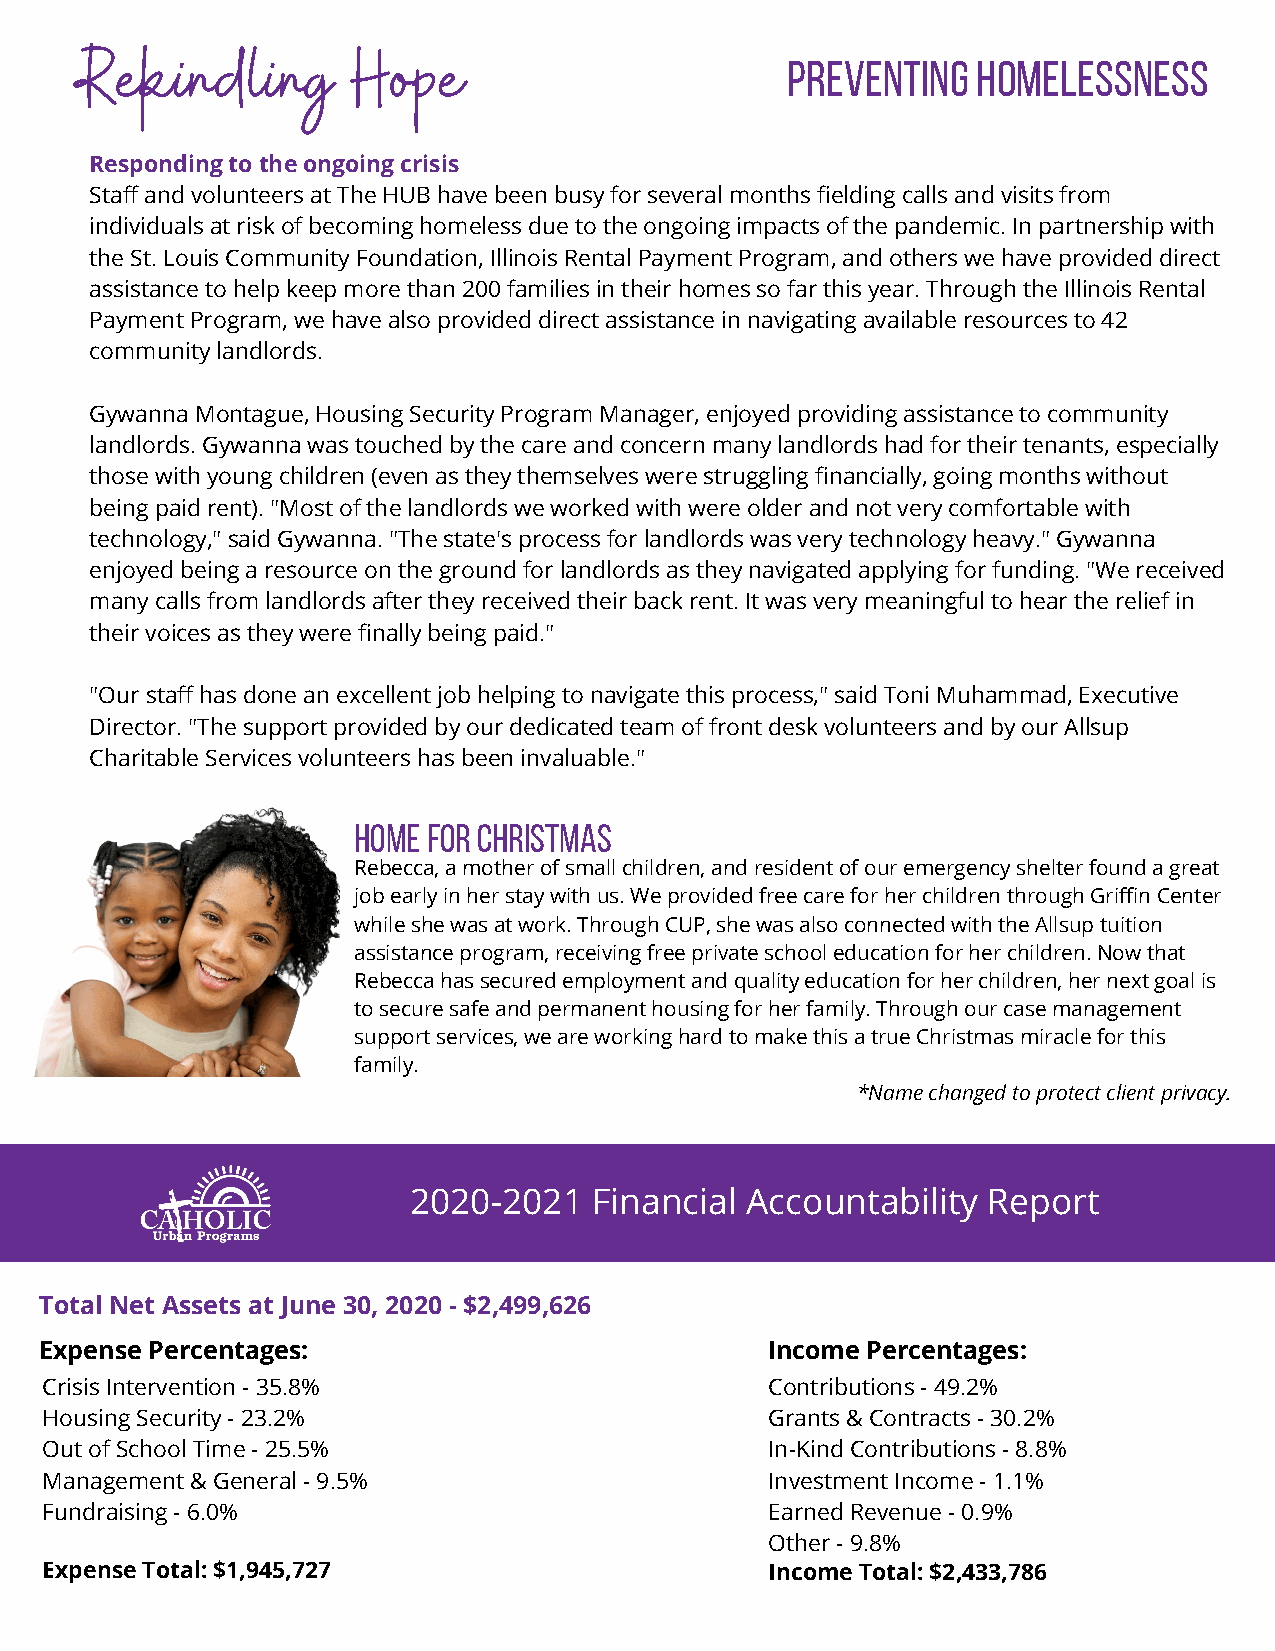
Rekindling        Hope                         Preventing   Homelessness
 Responding to the ongoing crisis
 Staff and volunteers at The HUB have been busy for several months fielding calls and visits from
 individuals at risk of becoming homeless due to the ongoing impacts of the pandemic. In partnership with
 the St. Louis Community Foundation, Illinois Rental Payment Program, and others we have provided direct
 assistance to help keep more than 200 families in their homes so far this year. Through the Illinois Rental
 Payment Program, we have also provided direct assistance in navigating available resources to 42
 community landlords.
 Gywanna Montague, Housing Security Program Manager, enjoyed providing assistance to community
 landlords. Gywanna was touched by the care and concern many landlords had for their tenants, especially
 those with young children (even as they themselves were struggling financially, going months without
 being paid rent). "Most of the landlords we worked with were older and not very comfortable with
 technology," said Gywanna. "The state's process for landlords was very technology heavy." Gywanna
 enjoyed being a resource on the ground for landlords as they navigated applying for funding. "We received
 many calls from landlords after they received their back rent. It was very meaningful to hear the relief in
 their voices as they were finally being paid."
 "Our staff has done an excellent job helping to navigate this process," said Toni Muhammad, Executive
 Director. "The support provided by our dedicated team of front desk volunteers and by our Allsup
 Charitable Services volunteers has been invaluable."
 home for christmas
 Rebecca, a mother of small children, and resident of our emergency shelter found a great
 job early in her stay with us. We provided free care for her children through Griffin Center
 while she was at work. Through CUP, she was also connected with the Allsup tuition
 assistance program, receiving free private school education for her children. Now that
 Rebecca has secured employment and quality education for her children, her next goal is
 to secure safe and permanent housing for her family. Through our case management
 support services, we are working hard to make this a true Christmas miracle for this
 family.
 *Name changed to protect client privacy.
 2020-2021   Financial Accountability  Report
 Total Net Assets at June 30, 2020 - $2,499,626
 Expense Percentages:                            Income Percentages:
 Crisis Intervention - 35.8%                     Contributions - 49.2%
 Housing Security - 23.2%                        Grants & Contracts - 30.2%
 Out of School Time - 25.5%                      In-Kind Contributions - 8.8%
 Management & General - 9.5%                     Investment Income - 1.1%
 Fundraising - 6.0%                              Earned Revenue - 0.9%
 Other - 9.8%
 Expense Total: $1,945,727                       Income Total: $2,433,786